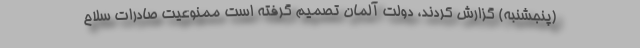
(پنجشنبه) گزارش کردند، دولت آلمان تصمیم گرفته است ممنوعیت صادرات سلاح